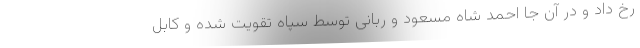
رخ داد و در آن جا احمد شاه مسعود و ربانی توسط سپاه تقویت شده و کابل